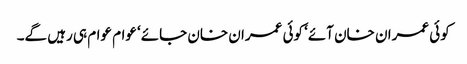
کوئی عمران خان آئے‘ کوئی عمران خان جائے‘ عوام عوام ہی رہیں گے۔